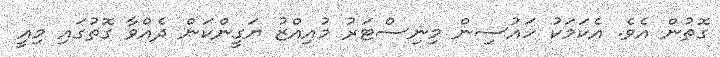
ގޮތުން އެވެ. އެކަމަކު ހައުސިން މިނިސްޓަރު މުއިއްޒު ޔަގީންކަން ދެއްވާ ގޮތުގައި މިއީ